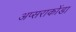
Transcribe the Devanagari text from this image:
अप्सराकोंडा